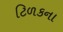
ટિળકના